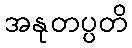
အနုတပ္ပတိ